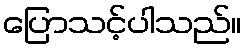
ပြောသင့်ပါသည်။